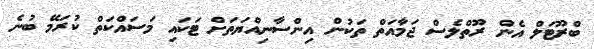
ބްރޫޓަލް އެން ރޫތްލެސް ޖަމާއަތް ތަކުން އިންސާނިއްޔަތަށް ޓަކައި މަސައްކަތް ކުރަމޭ ބުނެ